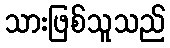
သားဖြစ်သူသည်